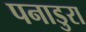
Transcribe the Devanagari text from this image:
पनाडुरा